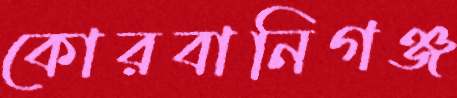
কোরবানিগঞ্জ